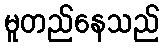
မူတည်နေသည်